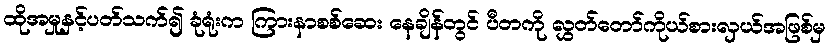
ထိုအမှုနှင့်ပတ်သက်၍ ခုံရုံးက ကြားနာစစ်ဆေး နေချိန်တွင် ပီတကို လွှတ်တော်ကိုယ်စားလှယ်အဖြစ်မှ